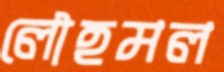
লৌহমল